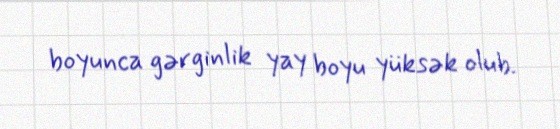
boyunca gərginlik yay boyu yüksək olub.